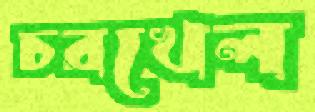
চরখেল